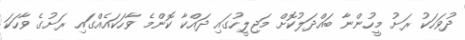
ދުވަހަކު ރަށު މީހުންނާ ބައްދަލުކޮށް މަޖިލީހުގައި ދައްކާ ކޮންމެ ވާހަކައެއްގައި ރަށުގެ ވާހަކަ